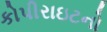
કોપીરાઇટનો